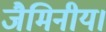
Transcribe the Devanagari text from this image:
जैमिनीय।